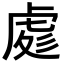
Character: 𧆵